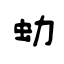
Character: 蚴